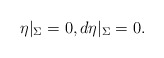
\begin{align*}\eta|_{\Sigma}=0, d\eta|_{\Sigma}=0.\end{align*}